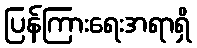
ပြန်ကြားရေးအရာရှိ